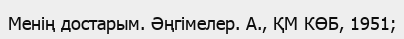
Менің достарым. Әңгімелер. А., ҚМ КӨБ, 1951;